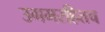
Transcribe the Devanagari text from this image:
उगमरहितच